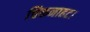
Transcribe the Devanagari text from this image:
चिकनाहट।